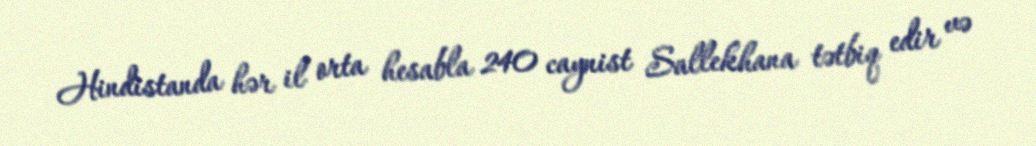
Hindistanda hər il orta hesabla 240 caynist Sallekhana tətbiq edir və